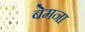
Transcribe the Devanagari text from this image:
बेमना